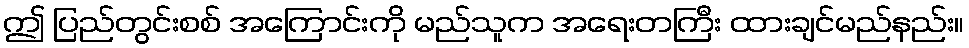
ဤ ပြည်တွင်းစစ် အကြောင်းကို မည်သူက အရေးတကြီး ထားချင်မည်နည်း။